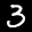
Label: 3